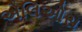
એલિઓસ